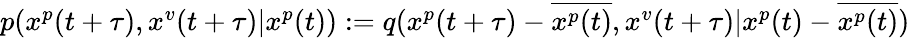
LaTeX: \begin{array}{r}{p(x^{p}(t+\tau),x^{v}(t+\tau)|x^{p}(t)):=q(x^{p}(t+\tau)-\overline{{x^{p}(t)}},x^{v}(t+\tau)|x^{p}(t)-\overline{{x^{p}(t)}})}\end{array}